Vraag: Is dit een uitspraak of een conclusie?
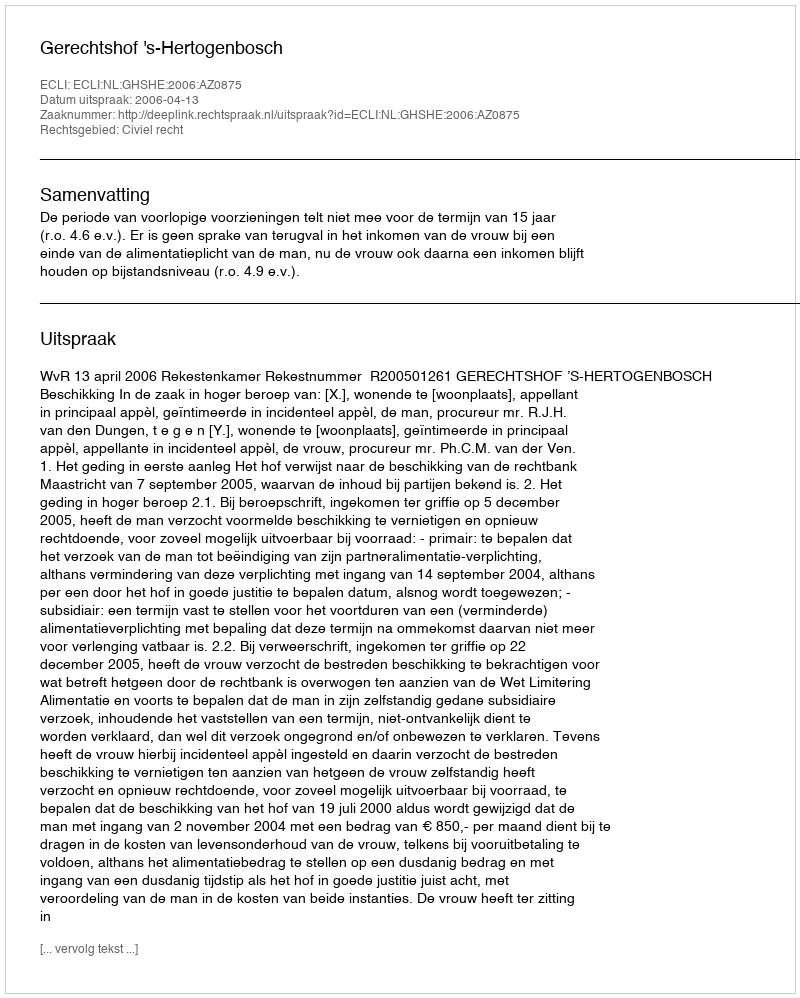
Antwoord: Uitspraak